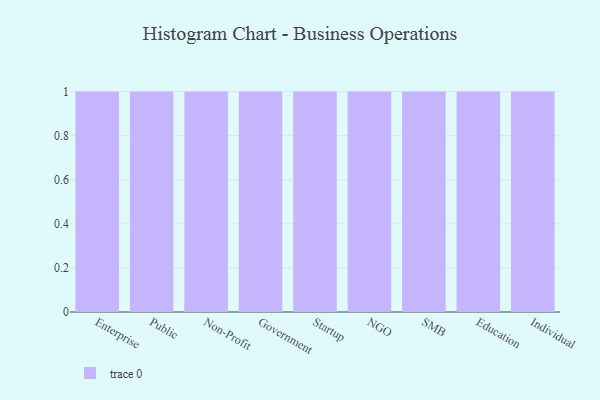
{"axis": {"x": "Segment", "y": "Energy Usage (MWh)"}, "legend": [""], "data": [{"x": "Enterprise", "y": 79, "type": ""}, {"x": "Public", "y": 83, "type": ""}, {"x": "Non-Profit", "y": 10, "type": ""}, {"x": "Government", "y": 9, "type": ""}, {"x": "Startup", "y": 63, "type": ""}, {"x": "NGO", "y": 66, "type": ""}, {"x": "SMB", "y": 57, "type": ""}, {"x": "Education", "y": 72, "type": ""}, {"x": "Individual", "y": 45, "type": ""}]}